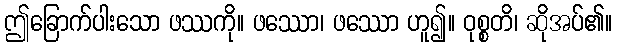
ဤခြောက်ပါးသော ဖဿကို။ ဖဿော၊ ဖဿော ဟူ၍။ ဝုစ္စတိ၊ ဆိုအပ်၏။